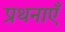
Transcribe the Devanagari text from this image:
प्रथनाएँ